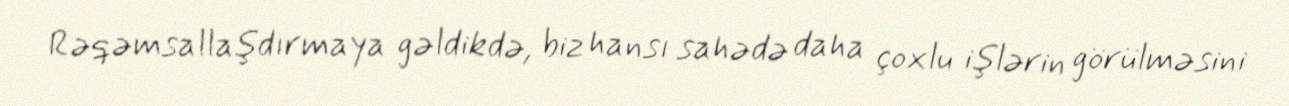
Rəqəmsallaşdırmaya gəldikdə, biz hansı sahədə daha çoxlu işlərin görülməsini